Annual administration report of the Civil Veterinary Department of India - 1901-1902
Year: 1901
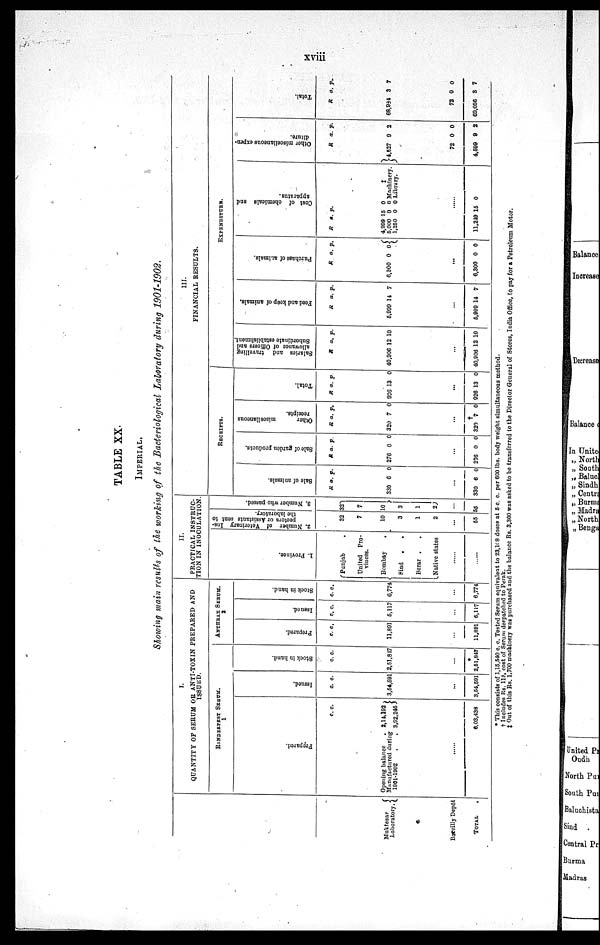
xviii
TABLE XX.
IMPERIAL.
Showing main results of the working of the Bacteriological Laboratory during 1901-1902.
Muktesar
Laboratory.
e
Bareilly Depôt
TOTAL
.
I.
QUANTITY OF SERUM OR ANTI-TOXIN PREPARED AND
ISSUED.
RINDERPEST SERUM.
1
Prepared.
c. c.
Opening balance
. 2,14,192
Manufactured during
1001-1902
.
. 3,92,246
......
6.03,438
Issued.
c. c.
3,54,691
...
3,54,591
Stock in hand.
c. c.
2,51,817
...
*
2,51,847
ANTHRAX SERUM.
2
Prepared.
c. c.
11,891
...
11,891
Issued.
c. c.
5,117
...
5,117
Stock in hand.
c. c.
6,774
...
6,774
II.
PRACTICAL INSTRUC-
TION IN INOCULATION
1. Pr ovi nce.
Punjab .
United
Pro-
vinces.
Bombay .
Sind
. .
Berar . .
Native states
......
2. Number of Veterinary Ins-
pectors or Assistants sent to
the laboratory.
32
7
10
3
1
2
...
65
3. Nu mb e r who passed.
32
7
10
3
1
2
...
55
III.
FINANCIAL RESULTS.
RECEIPTS.
Sal e of animals.
R a. p.
330 6
0
...
330 6 0
Sale of garden products.
R a. p.
276 0 0
..
.
276 0 0
Other miscellaneous
receipts.
R a a. p.
320 7 0
..
.
320 †
7
0
Total.
R a. p.
926 13 0
.
..
926 13 0
EXPENDITURE.
Salaries and travelling
allowance of Officers and
Subordinate establishment.
R a. p.
40,906 12 10
...
40,906 12 10
Feed and keep of animals.
R a. p.
6,999 14 7
...
5,999 14 7
Purchase of animals.
R a. p.
6,300 0 0
..
.
6,300 0 0
Cost of chemi cal s and
apparatus.
R a. p.
4,999
6,000
1,250
15
0
0
0
0
0
‡
Machinery.
Library.
......
11,249 15 0
Other miscellaneous expen-
diture.
R a. p.
4,627 9 2
72
4,699
0
9
0
2
Tot al .
R a. p.
68,934 3 7
72
69,056
0
3
0
7
* This consists of 1,15,540 c. c. Tested Serum equivalent to 23,108 doses at 5 c. c. per 600 lbs. body weight simultaneous method.
† Includes Rs. 115, cost of Serum despatched to Perak.
‡ Out of this Rs. 1,700 machinery was purchased and the balance Rs. 3,300 was asked to be transferred to the Director General of Stores, India Office, to pay for a Petroleum Motor.